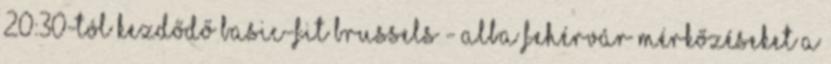
20:30-tól kezdődő Basic-Fit Brussels - Alba Fehérvár mérkőzéseket a